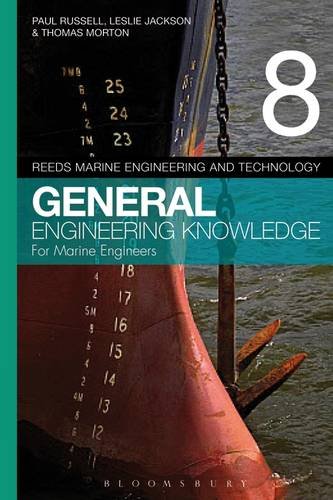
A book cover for Reeds Vol 8 General Engineering Knowledge for Marine Engineers (Reed's Marine Engineering and Technology); Leslie Jackson; Engineering & Transportation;